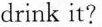
drink it?